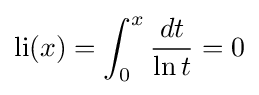
\mathrm {li} (x)=\int _{0}^{x}{\frac {dt}{\ln t}}=0